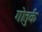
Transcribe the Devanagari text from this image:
गोतुर्क